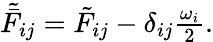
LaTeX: \begin{array}{r}{\tilde{\bar{F}}_{ij}=\tilde{F}_{ij}-\delta_{ij}\frac{\omega_{i}}{2}.}\end{array}